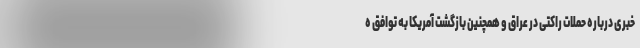
خبری درباره حملات راکتی در عراق و همچنین بازگشت آمریکا به توافق ه